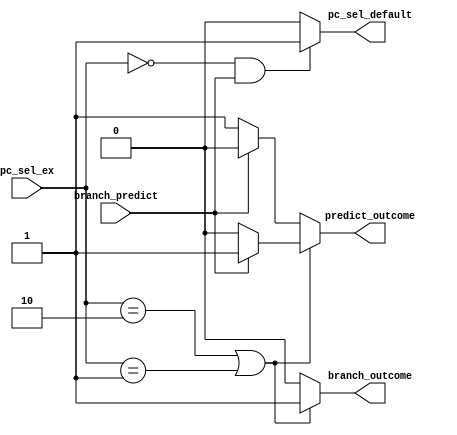
module Branch_Default (
	input [1:0] pc_sel_ex,
	input branch_predict,
	output reg pc_sel_default,
	output reg branch_outcome,
	output reg predict_outcome
);

	//pc_sel_ex
	parameter pc_add4=2'd0;
	parameter pc_jalr=2'd1;
	parameter alu_ans=2'd2;
	parameter branch_addr=2'd3;

	parameter TRUE=1'b1;
	parameter FALSE=1'b0;
	parameter YES=1'b1;
	parameter NO=1'b0;

	always @(*) 
	begin
		if(pc_sel_ex==alu_ans||pc_sel_ex==pc_jalr)
		begin
			if(branch_predict==YES)
			begin
				branch_outcome=YES;
				predict_outcome=TRUE;
			end
			else
			begin
				branch_outcome=YES;
				predict_outcome=FALSE;
			end
		end
		else
		begin
			if(branch_predict==YES)
			begin
				branch_outcome=NO;
				predict_outcome=FALSE;
			end
			else
			begin
				branch_outcome=NO;
				predict_outcome=TRUE;
			end
		end
	end

	always @(*) 
	begin
		if((pc_sel_ex==pc_add4)&&(branch_predict==YES))
			//
			pc_sel_default=YES;
		else
			pc_sel_default=NO;
	end
	
	
endmodule